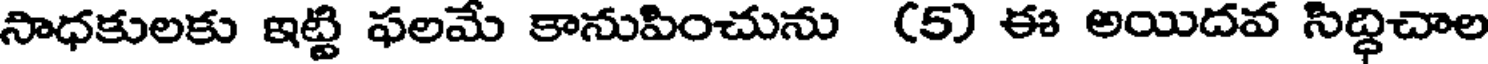
సాధకులకు ఇట్టి ఫలమే కానుపించును (5) ఈ అయిదవ సిద్ధిచాల